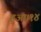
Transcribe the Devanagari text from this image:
हुआ।१४